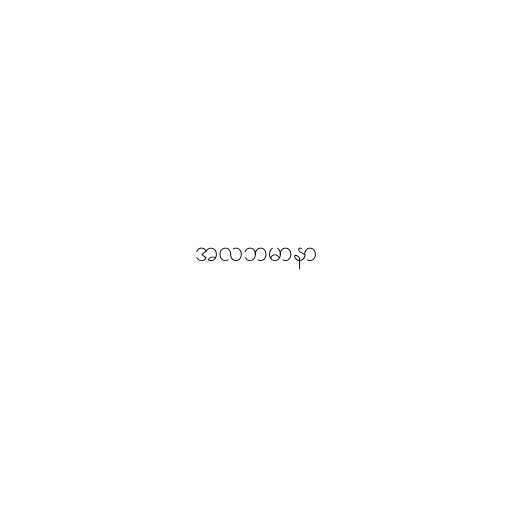
အလဘမာနာ